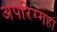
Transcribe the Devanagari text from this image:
अपरिग्गहा